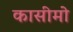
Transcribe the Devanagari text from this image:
कासीमो